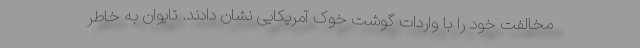
مخالفت خود را با واردات گوشت خوک آمریکایی نشان دادند. تایوان به خاطر